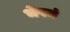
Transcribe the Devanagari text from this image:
भेषजं